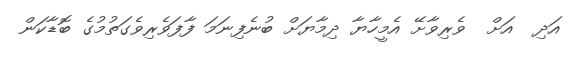
އަދި  އަށް  ވެރިވާށޭ އެމީހާޔާ ދިމާޔަށް ބުނެފިނަމަ ފާފަވެރިވެގަތުމުގެ ބޮޑާކަން